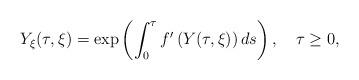
LaTeX: \begin{align*}{Y}_\xi (\tau ,\xi ) = \exp \left( \int _0 ^\tau f'\left( Y (\tau ,\xi )\right) ds \right),\ \ \ \tau \geq0,\end{align*}